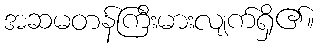
အဆမတန်ကြီးမားလျက်ရှိ၏။